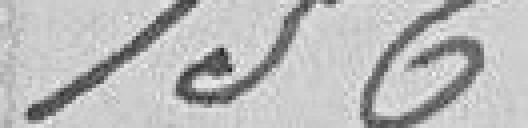
156